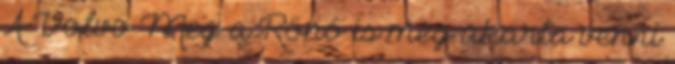
A Volvo Meg a Rönó is meg akarta venni